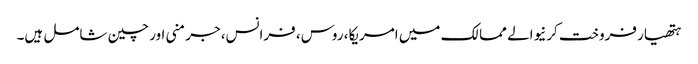
ہتھیار فروخت کرنیوالے ممالک میں امریکا، روس، فرانس، جرمنی اور چین شامل ہیں۔